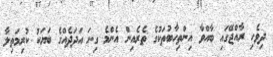
ދިވެހި ރާއްޖޭގައި ބާއްވާ އިންތިހާބުތަކުގެ ތެރެއިން އެންމެ ގިނަ އަދަދެއްގެ ބަޔަކު ކުރިމަތިލާ